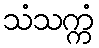
သံသက္ကံ